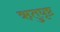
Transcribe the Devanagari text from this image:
ऋतुघृष्ट